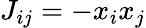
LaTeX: J_{ij}=-x_{i}x_{j}